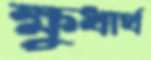
ক্ষুধার্থ